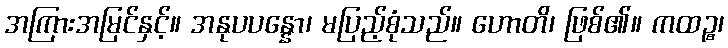
အကြားအမြင်နှင့်။ အနုပပန္နော၊ မပြည့်စုံသည်။ ဟောတိ၊ ဖြစ်၏။ ကထဉ္စ၊